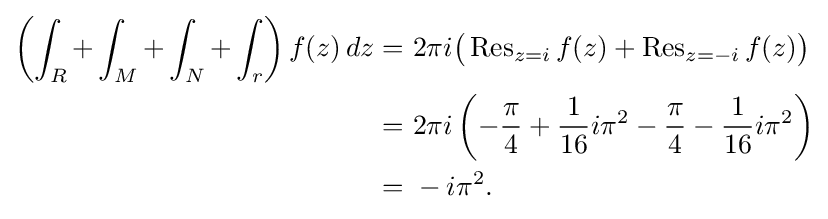
{\begin{aligned}\left(\int _{R}+\int _{M}+\int _{N}+\int _{r}\right)f(z)\,dz=&\ 2\pi i{\big (}\operatorname {Res} _{z=i}f(z)+\operatorname {Res} _{z=-i}f(z){\big )}\\=&\ 2\pi i\left(-{\frac {\pi }{4}}+{\frac {1}{16}}i\pi ^{2}-{\frac {\pi }{4}}-{\frac {1}{16}}i\pi ^{2}\right)\\=&\ -i\pi ^{2}.\end{aligned}}